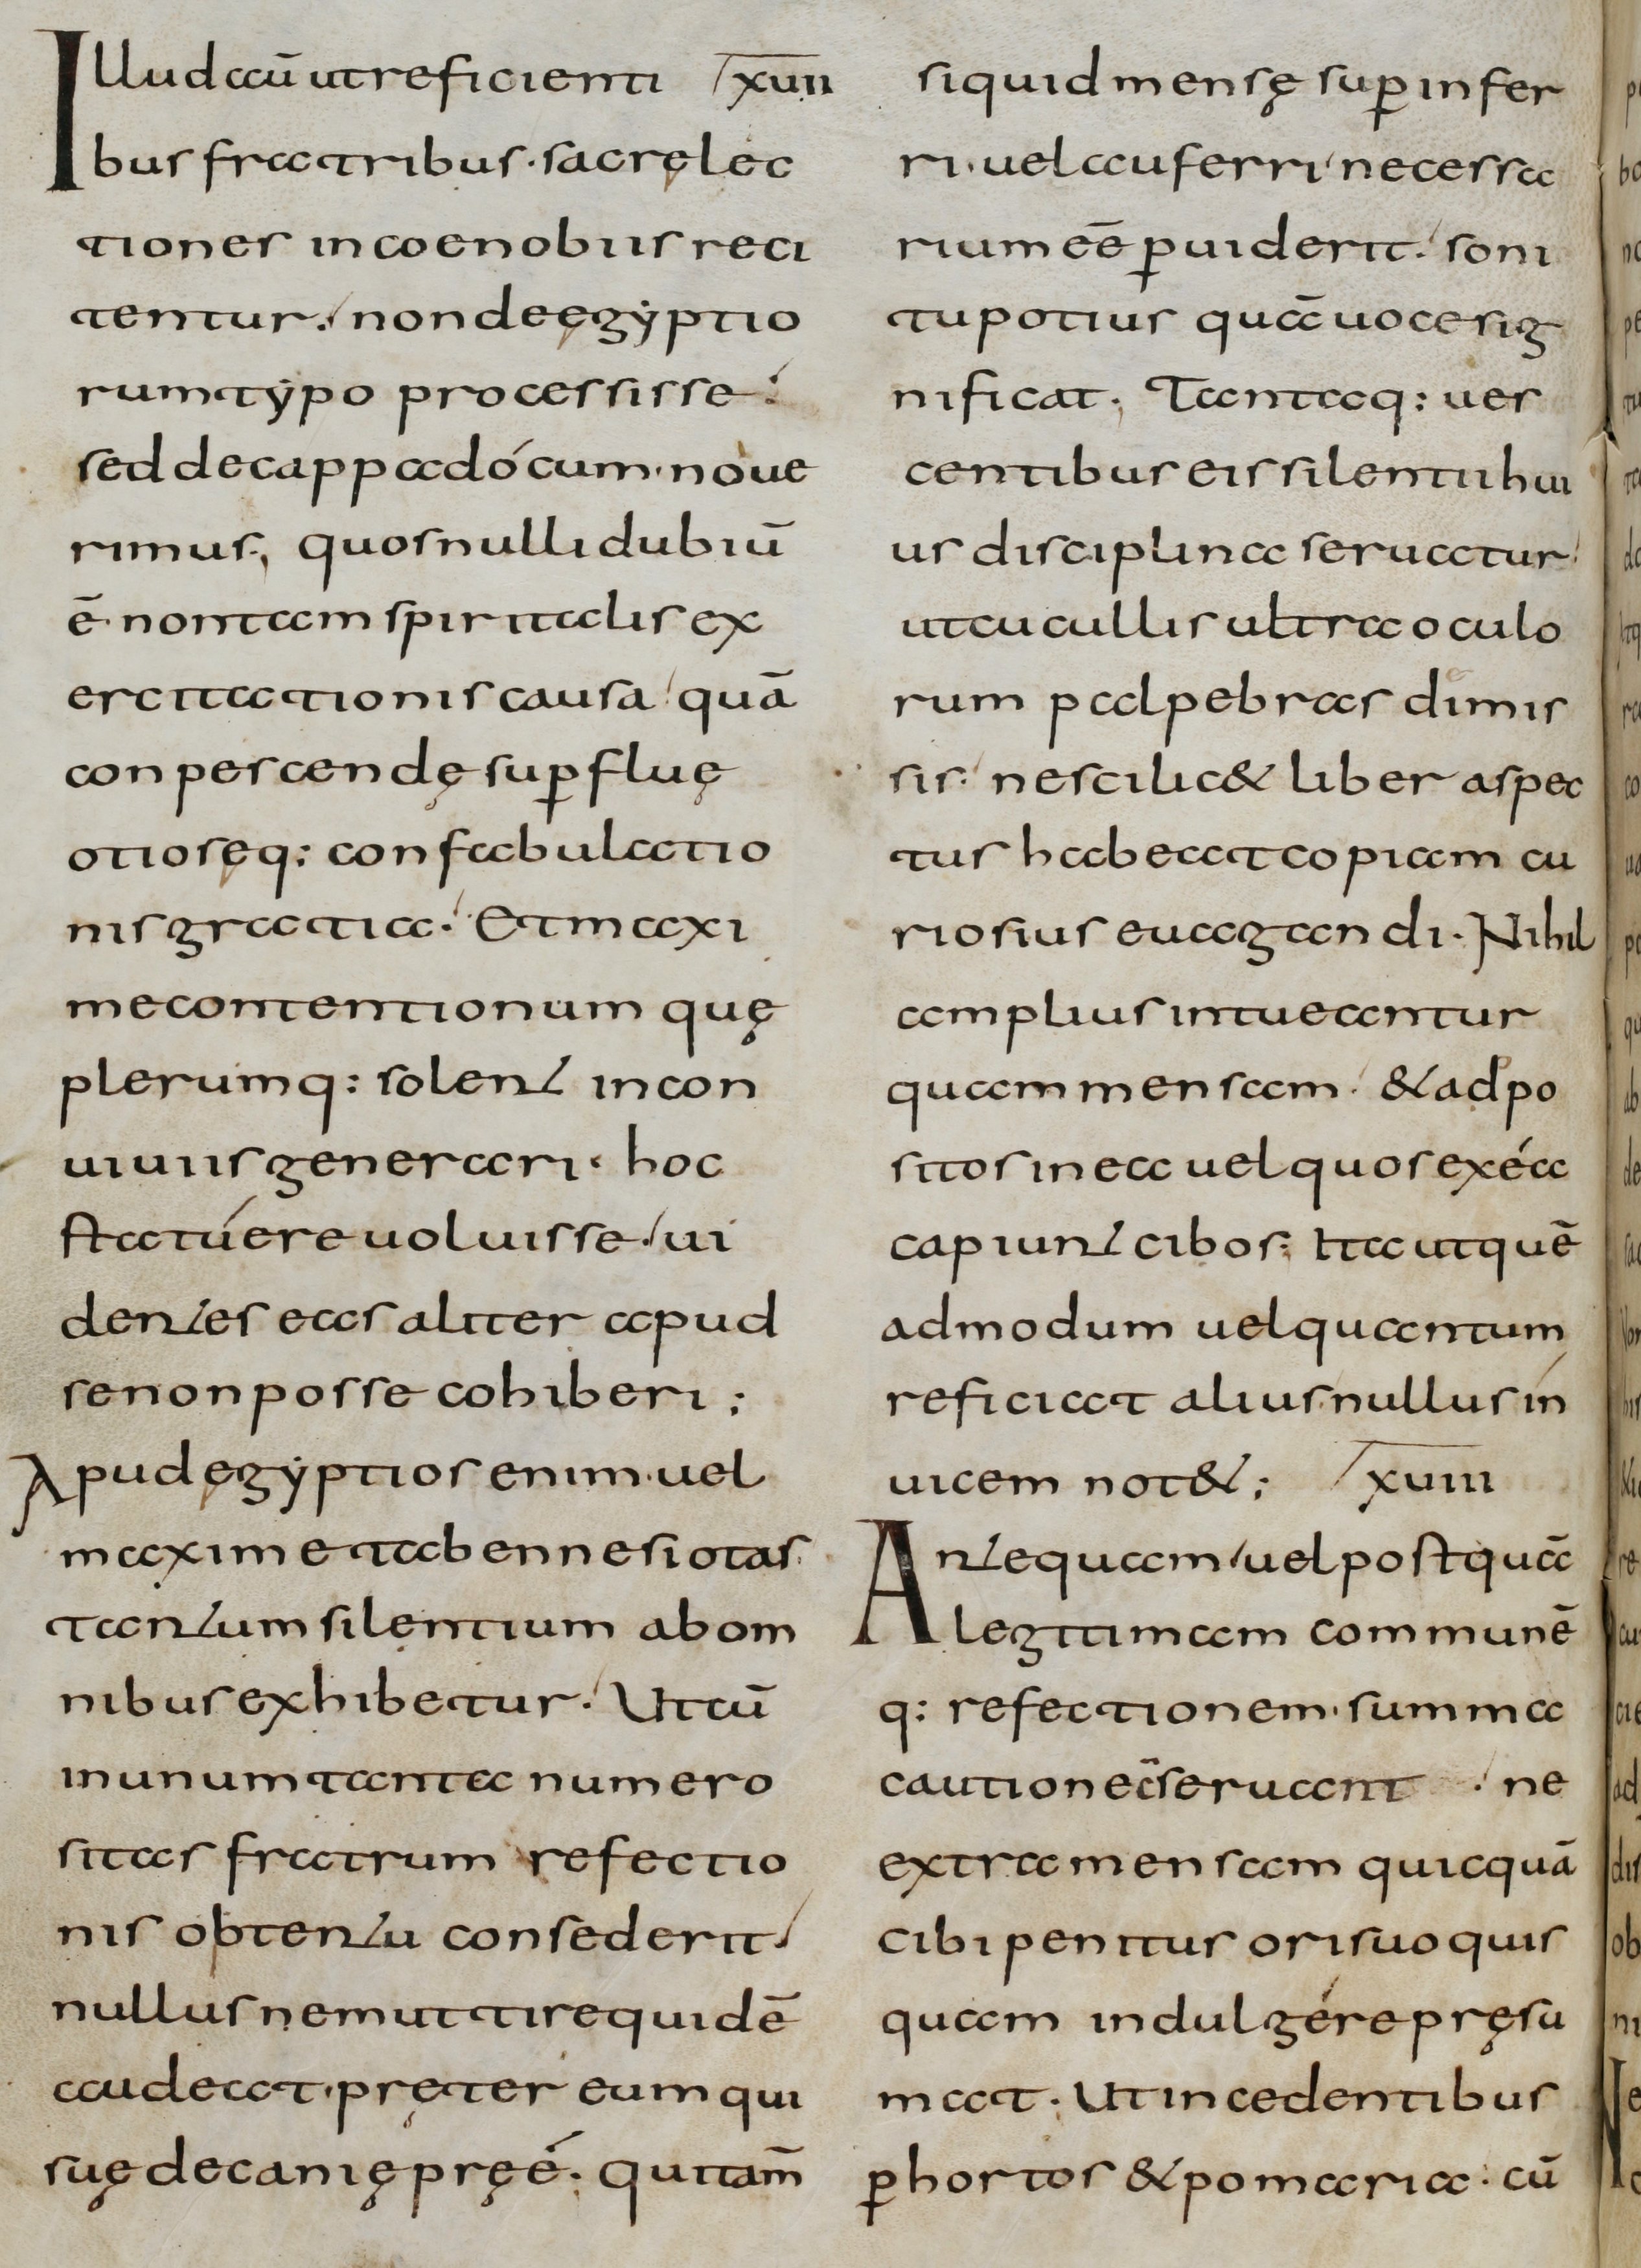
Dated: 800–832